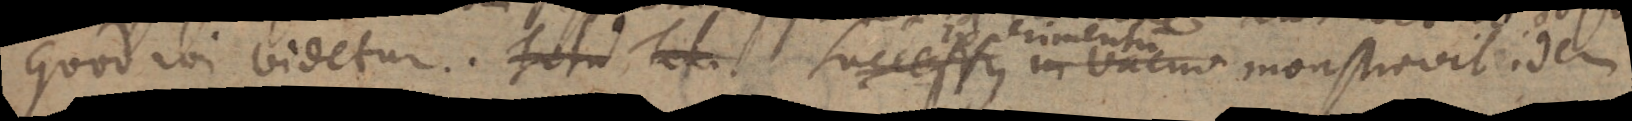
quod ibi videtur. Successus in vacuo monstravit idem